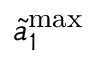
\Tilde { a } _ { 1 } ^ { \mathrm { m a x } }